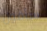
سأقول